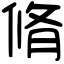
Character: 脩